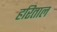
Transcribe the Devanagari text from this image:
हरिताल